Senior Leaving Certificate Examination (including Day School Certificate (Higher) General paper), 1949
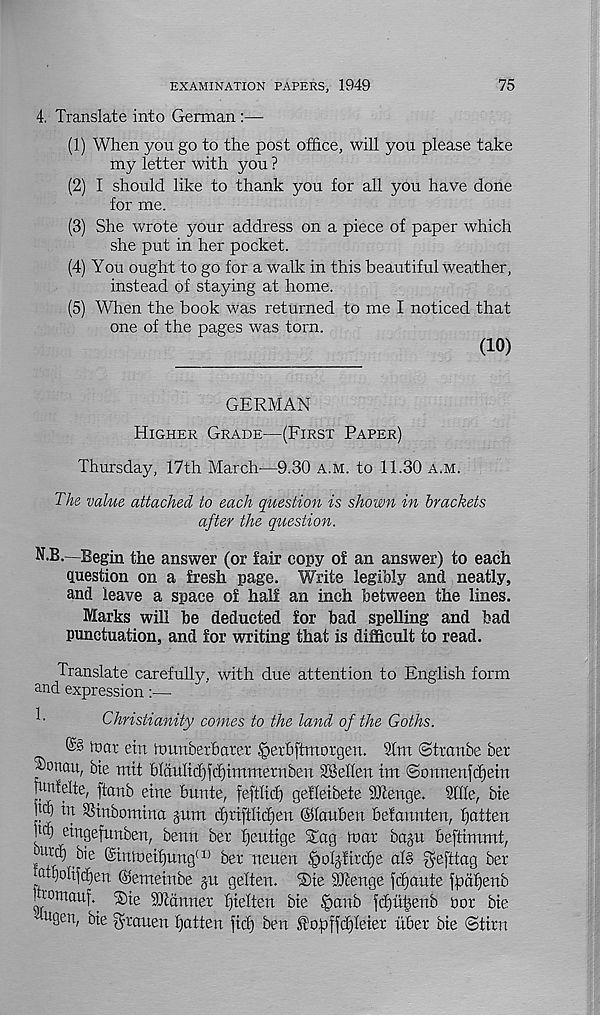
EXAMINATION PAPERS, 1949
75
4. Translate into German
(1) When you go to the post office, will you please take
my letter with you ?
(2) I should like to thank you for all you have done
for me.
(3) She wrote your address on a piece of paper which
she put in her pocket.
(4) You ought to go for a walk in this beautiful weather,
instead of staying at home.
(5) When the book was returned to me I noticed that
one of the pages was torn.
(10)
GERMAN
Higher Grade—(First Paper)
Thursday, 17th March—9.30 a.m. to 11.30 a.m.
The value attached to each question is shown in brackets
after the question.
N.B.—Begin the answer (or fair copy of an answer) to each
question on a fresh page. Write legibly and neatly,
and leave a space of half an inch between the lines.
Marks will be deducted for bad spelling and bad
punctuation, and for writing that is difficult to read.
Translate carefully, with due attention to English form
and expression:—
Christianity comes to the land of the Goths.
@3 four etn hmnbetbater iperbftmorgen. 91m ©tranbe bet
A>onau, bte mit bldult(f)fd)immernben SBellen tm ©onnenfdjem
funfelte, ftanb etne bunte, feftfid) gefleibete Sftenge. 9GIe, bte
jd) in SStnbomtna jum dpiftltcfjen ©lauben befcmnten, flatten
bd) etngefunben, benn bet fjeutige Stag mar baju beftimmt,
utcf) bie @intDeif)nng (1) bet neuen SolpitTfie af§ ^efttag bet
htf)oItf(f)en ©emetnbe ju gelten. ®te Wlenge fc^aute fpdf)enb
U'otnauf^ isle gjfdnnet fjielten bie |ianb fcf)u|enb pot bie
u 0en, bie gtauen fjatten fief) ben Sl'opffcfileiet ubet bie ©titn